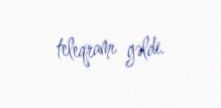
teleqramı gəldi.